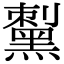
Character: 𪑟